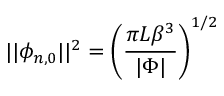
\vert \vert \phi _ { n , 0 } \vert \vert ^ { 2 } = \left( \frac { \pi L \beta ^ { 3 } } { \vert \Phi \vert } \right) ^ { 1 / 2 }